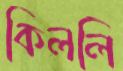
কিললি